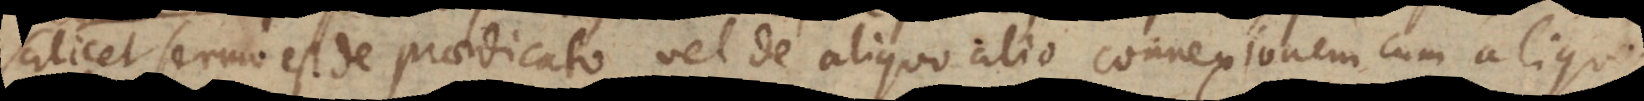
scilicet sermo est de praedicato vel de aliquo alio connexionem cum aliquo